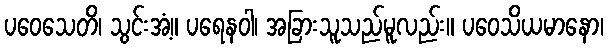
ပဝေသေတိ၊ သွင်းအံ့။ ပရေနဝါ၊ အခြားသူသည်မူလည်း။ ပဝေသိယမာနော၊